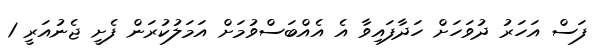
ފަސް އަހަރު ދުވަހަށް ހަދާފައިވާ އެ އެއްބަސްވުމަށް އަމަލުކުރަން ފެށީ ޖެނުއަރީ 1